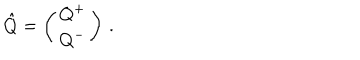
LaTeX: \hat { Q } = \left( \begin{matrix} { { Q ^ { + } } } \\ { { Q ^ { - } } } \\ \end{matrix} \right) \, .